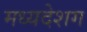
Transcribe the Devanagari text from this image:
मध्यदेशग